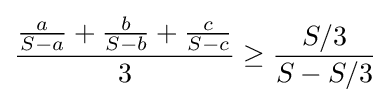
\displaystyle {\frac {{\frac {a}{S-a}}+{\frac {b}{S-b}}+{\frac {c}{S-c}}}{3}}\geq {\frac {S/3}{S-S/3}}